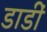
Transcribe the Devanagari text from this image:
डाडीं